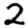
Digit: 2